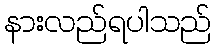
နားလည်ရပါသည်